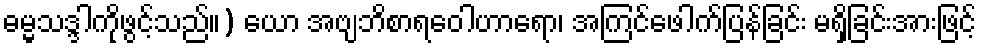
ဓမ္မသဒ္ဒါကိုဖွင့်သည်။) ယော အဗျဘိစာရဝေါဟာရော၊ အကြင်ဖေါက်ပြန်ခြင်း မရှိခြင်းအားဖြင့်